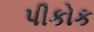
પીકોક